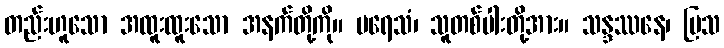
တည်းဟူသော အထူးထူးသော အနက်တို့ကို။ ပရေသံ၊ သူတစ်ပါးတို့အား။ သန္ဒဿနေ၊ ပြသ